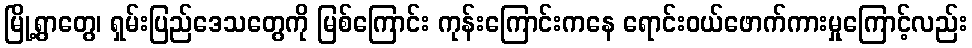
မြို့ရွာတွေ၊ ရှမ်းပြည်ဒေသတွေကို မြစ်ကြောင်း ကုန်းကြောင်းကနေ ရောင်းဝယ်ဖောက်ကားမှုကြောင့်လည်း